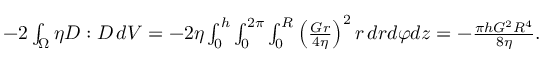
\begin{array} { r } { - 2 \int _ { \Omega } \eta D : D \, d V = - 2 \eta \int _ { 0 } ^ { h } \int _ { 0 } ^ { 2 \pi } \int _ { 0 } ^ { R } \left( \frac { G r } { 4 \eta } \right) ^ { 2 } r \, d r d \varphi d z = - \frac { \pi h G ^ { 2 } R ^ { 4 } } { 8 \eta } . } \end{array}